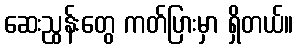
ဆေးညွန်းတွေ ကတ်ပြားမှာ ရှိတယ်။